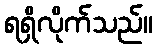
ရရှိလိုက်သည်။